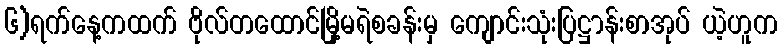
၆)ရက်နေ့ကထက် ဗိုလ်တထောင်မြို့မရဲစခန်းမှ ကျောင်းသုံးပြဋ္ဌာန်းစာအုပ် ယဲ့ဟူက